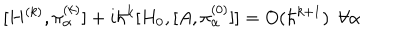
[ H ^ { ( k ) } , \pi _ { \alpha } ^ { ( k ) } ] + i \hbar ^ { k } [ H _ { 0 } , [ A , \pi _ { \alpha } ^ { ( 0 ) } ] ] = O ( \hbar ^ { k + 1 } ) ~ ~ \forall \alpha